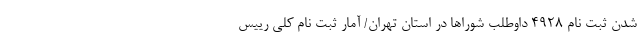
شدن ثبت نام ٤٩٢٨ داوطلب شوراها در استان تهران/ آمار ثبت نام کلی رییس